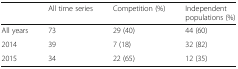
<table><thead><tr><td></td><td><b>All time series</b></td><td><b>Competition (%)</b></td><td><b>Independent populations (%)</b></td></tr></thead><tbody><tr><td>All years</td><td>73</td><td>29 (40)</td><td>44 (60)</td></tr><tr><td>2014</td><td>39</td><td>7 (18)</td><td>32 (82)</td></tr><tr><td>2015</td><td>34</td><td>22 (65)</td><td>12 (35)</td></tr></tbody></table>